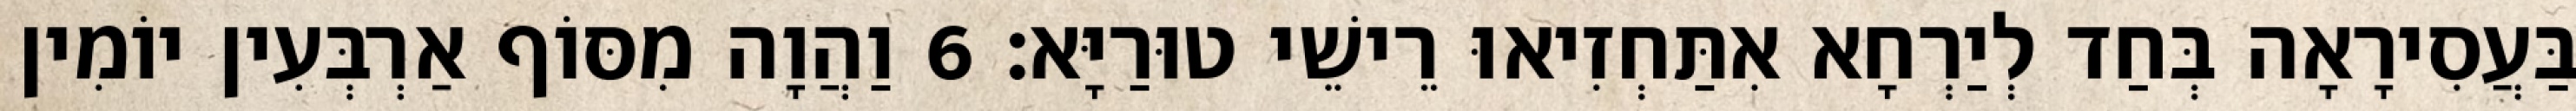
בַּעֲסִירָאָה בְּחַד לְיַרְחָא אִתַּחְזִיאוּ רֵישֵׁי טוּרַיָּא׃ 6 וַהֲוָה מִסּוֹף אַרְבְּעִין יוֹמִין